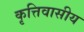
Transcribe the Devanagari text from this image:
कृत्तिवासीय